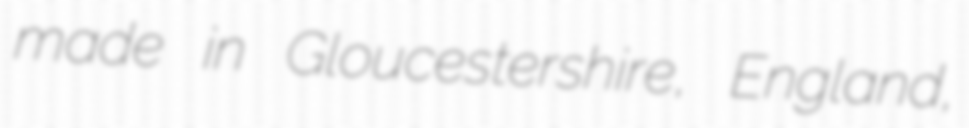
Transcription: made in Gloucestershire, England,